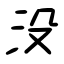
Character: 没